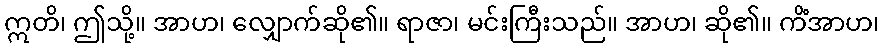
ဣတိ၊ ဤသို့။ အာဟ၊ လျှောက်ဆို၏။ ရာဇာ၊ မင်းကြီးသည်။ အာဟ၊ ဆို၏။ ကိံအာဟ၊